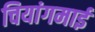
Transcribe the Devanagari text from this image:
चियांगमाई